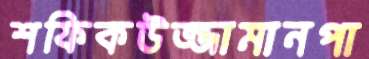
শফিকউজ্জামানপা